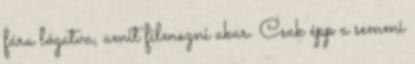
fára lógatva, amit filmezni akar. Csak épp a semmi